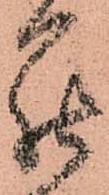
罷